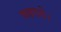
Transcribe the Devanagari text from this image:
फहराये।